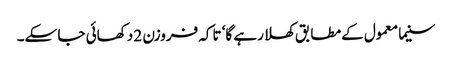
سنیما معمول کے مطابق کھلا رہے گا‘ تاکہ فروزن 2 دکھائی جا سکے۔